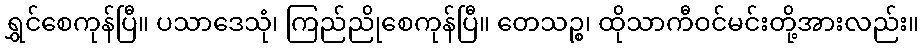
ရွှင်စေကုန်ပြီ။ ပသာဒေသုံ၊ ကြည်ညိုစေကုန်ပြီ။ တေသဉ္စ၊ ထိုသာကီဝင်မင်းတို့အားလည်း။